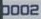
0002